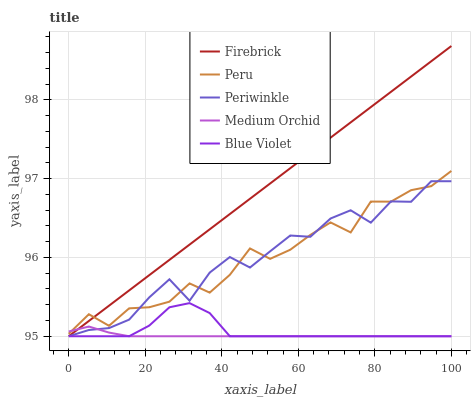
| xaxis_label | Firebrick | Peru | Periwinkle | Medium Orchid | Blue Violet |
 | --- | --- | --- | --- | --- | --- |
 | 0 | 95 | 95 | 95 | 95.1 | 95 |
 | 5.26 | 95.2 | 95.3 | 95.1 | 95.1 | 95 |
 | 10.5 | 95.4 | 95.1 | 95.1 | 95 | 95 |
 | 15.8 | 95.6 | 95.4 | 95.2 | 95 | 95 |
 | 21.1 | 95.8 | 95.4 | 95.5 | 95 | 95.1 |
 | 26.3 | 96 | 95.4 | 95.7 | 95 | 95.4 |
 | 31.6 | 96.2 | 95.7 | 95.5 | 95 | 95.4 |
 | 36.8 | 96.4 | 95.6 | 95.8 | 95 | 95.3 |
 | 42.1 | 96.6 | 95.8 | 96 | 95 | 95 |
 | 47.4 | 96.7 | 96.1 | 95.9 | 95 | 95 |
 | 52.6 | 96.9 | 96 | 96.1 | 95 | 95 |
 | 57.9 | 97.1 | 96.1 | 96.3 | 95 | 95 |
 | 63.2 | 97.3 | 96.3 | 96.3 | 95 | 95 |
 | 68.4 | 97.5 | 96.4 | 96.5 | 95 | 95 |
 | 73.7 | 97.7 | 96.3 | 96.6 | 95 | 95 |
 | 78.9 | 97.9 | 96.7 | 96.4 | 95 | 95 |
 | 84.2 | 98.1 | 96.7 | 96.7 | 95 | 95 |
 | 89.5 | 98.3 | 96.9 | 96.7 | 95 | 95 |
 | 94.7 | 98.5 | 96.9 | 97 | 95 | 95 |
 | 100 | 98.7 | 97.1 | 97 | 95 | 95 |